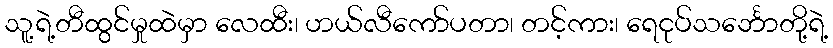
သူ့ရဲ့တီထွင်မှုထဲမှာ လေထီး၊ ဟယ်လီကော်ပတာ၊ တင့်ကား၊ ရေငုပ်သင်္ဘောတို့ရဲ့